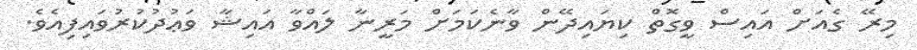
މިރޭ ގެއަށް އައިސް ވީގޮތް ކިޔައިދޭން ވާނެކަމަށް މަރީނާ ލައްވާ އައިޝާ ވަޢުދުކުރުވައިފިއެވެ.